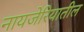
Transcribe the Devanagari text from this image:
नायजेरियातील